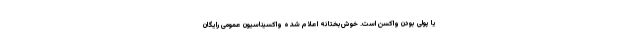
یا پولی بودن واکسن است. خوش‌بختانه اعلام شده واکسیناسیون عمومی رایگان